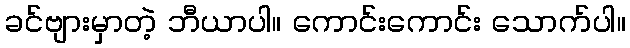
ခင်ဗျားမှာတဲ့ ဘီယာပါ။ ကောင်းကောင်း သောက်ပါ။